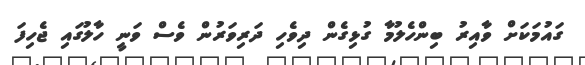
ގައުމަކަށް ވާއިރު ބިންހެލުމާ ގުޅިގެން ދިވެހި ދަރިވަރުން ވެސް ވަނީ ހާލުގައި ޖެހިފަ